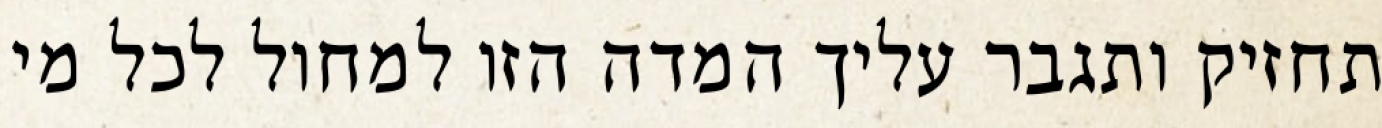
תחזיק ותגבר עליך המדה הזו למחול לכל מי